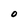
Character: O